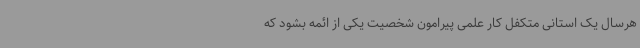
هرسال یک استانی متکفل کار علمی پیرامون شخصیت یکی از ائمه بشود که